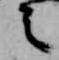
之